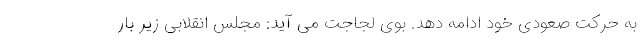
به حرکت صعودی خود ادامه دهد. بوى لجاجت مى آيد: مجلس انقلابى زير بار